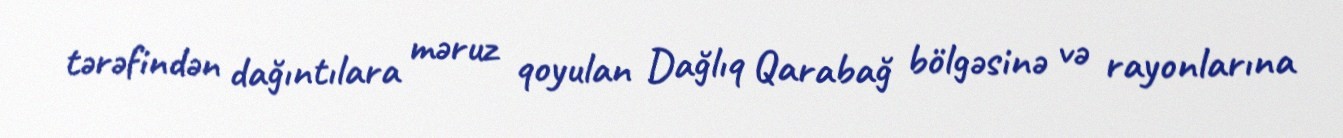
tərəfindən dağıntılara məruz qoyulan Dağlıq Qarabağ bölgəsinə və rayonlarına